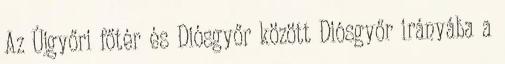
Az Újgyőri főtér és Diósgyőr között Diósgyőr irányába a